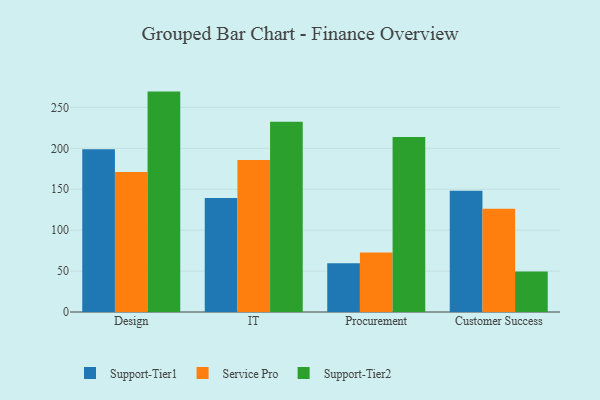
{"axis": {"x": "Department", "y": "Latency (ms)"}, "legend": ["Service Pro", "Support-Tier1", "Support-Tier2"], "data": [{"x": "Design", "y": 199.0, "type": "Support-Tier1"}, {"x": "Design", "y": 171.0, "type": "Service Pro"}, {"x": "Design", "y": 269.3, "type": "Support-Tier2"}, {"x": "IT", "y": 139.2, "type": "Support-Tier1"}, {"x": "IT", "y": 185.8, "type": "Service Pro"}, {"x": "IT", "y": 232.4, "type": "Support-Tier2"}, {"x": "Procurement", "y": 59.5, "type": "Support-Tier1"}, {"x": "Procurement", "y": 72.8, "type": "Service Pro"}, {"x": "Procurement", "y": 213.9, "type": "Support-Tier2"}, {"x": "Customer Success", "y": 148.1, "type": "Support-Tier1"}, {"x": "Customer Success", "y": 126.3, "type": "Service Pro"}, {"x": "Customer Success", "y": 49.6, "type": "Support-Tier2"}]}